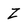
Character: Z